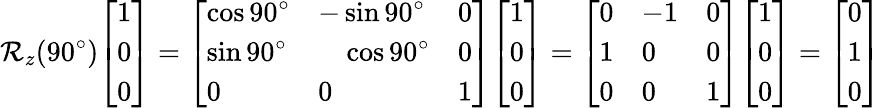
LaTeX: \mathcal{R}_{z}(90^{\circ}){\left[\begin{array}{l}{1}\\ {0}\\ {0}\end{array}\right]}={\left[\begin{array}{lll}{\cos 90^{\circ}}&{-\sin 90^{\circ}}&{0}\\ {\sin 90^{\circ}}&{\quad\cos 90^{\circ}}&{0}\\ {0}&{0}&{1}\end{array}\right]}{\left[\begin{array}{l}{1}\\ {0}\\ {0}\end{array}\right]}={\left[\begin{array}{lll}{0}&{-1}&{0}\\ {1}&{0}&{0}\\ {0}&{0}&{1}\end{array}\right]}{\left[\begin{array}{l}{1}\\ {0}\\ {0}\end{array}\right]}={\left[\begin{array}{l}{0}\\ {1}\\ {0}\end{array}\right]}